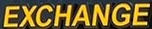
EXCHANGE